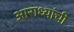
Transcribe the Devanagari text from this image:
आराध्यांची